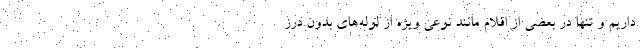
داریم و تنها در بعضی از اقلام مانند نوعی ویژه‌ از لوله‌های بدون درز